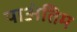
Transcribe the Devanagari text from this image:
याअंतिम